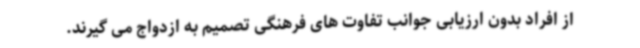
از افراد بدون ارزیابی جوانب تفاوت های فرهنگی تصمیم به ازدواج می گیرند.